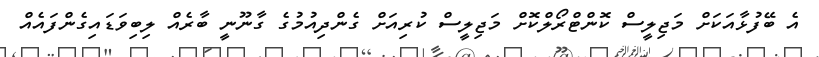
އެ ބޭފުޅާއަކަށް މަޖިލީސް ކޮންޓްރޯލްކޮށް މަޖިލީސް ކުރިއަށް ގެންދިއުމުގެ ގާނޫނީ ބާރެއް ލިބިވަޑައިގެންފައެއް